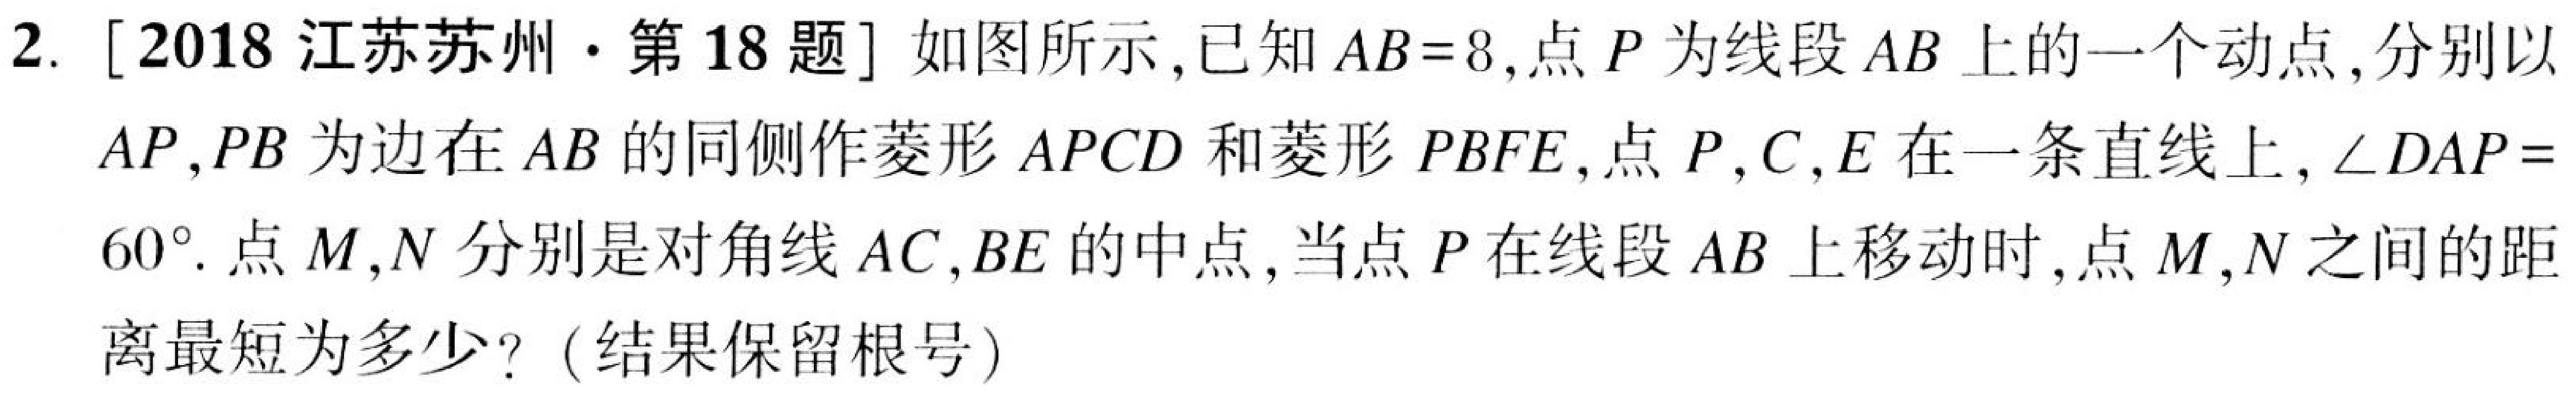
2. [2018江苏苏州·第18题] 如图所示，已知\(AB = 8\)，点\(P\)为线段\(AB\)上的一个动点，分别以\(AP\)，\(PB\)为边在\(AB\)的同侧作菱形\(APCD\)和菱形\(PBFE\)，点\(P\)，\(C\)，\(E\)在一条直线上，\(\angle DAP = 60^{\circ}\). 点\(M\)，\(N\)分别是对角线\(AC\)，\(BE\)的中点，当点\(P\)在线段\(AB\)上移动时，点\(M\)，\(N\)之间的距离最短为多少？（结果保留根号）